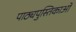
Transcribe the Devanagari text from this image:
पाठ्यपुस्तिकाओं